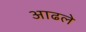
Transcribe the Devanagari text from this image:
आढले